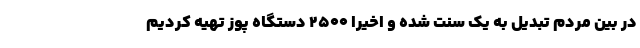
در بین مردم تبدیل به یک سنت شده و اخیرا ۲۵۰۰ دستگاه پوز تهیه کردیم